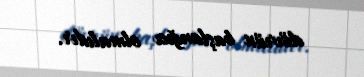
dövrün başlanğıcı olmalıdır.